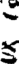
క